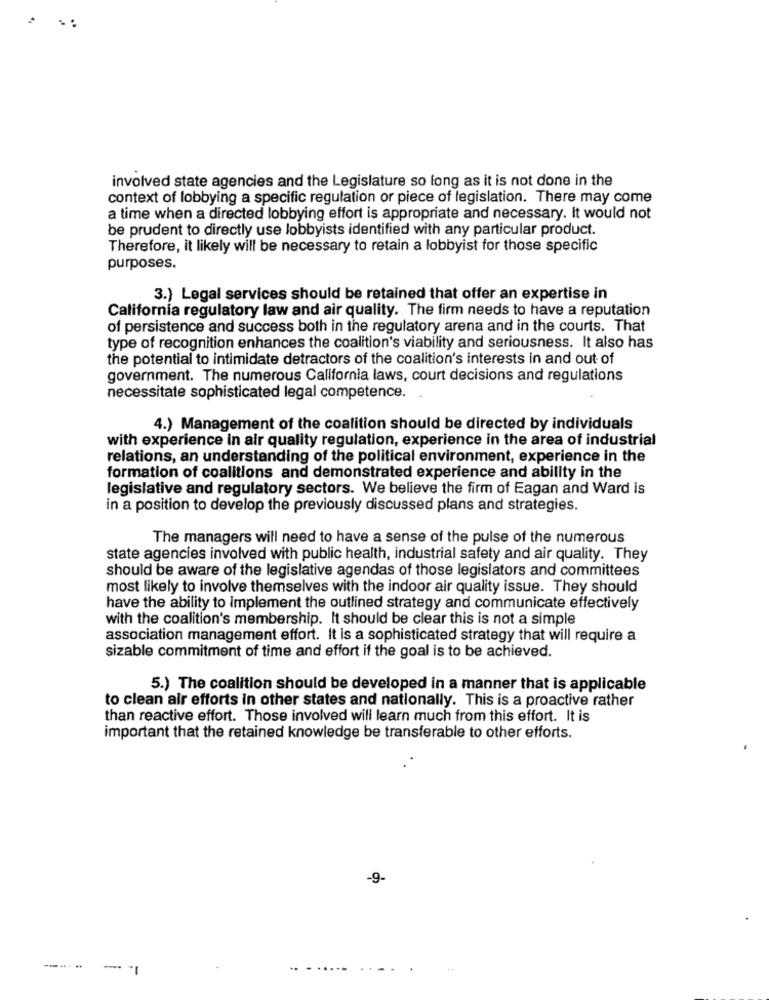
involved state agencies and the Legislature so long as it is not done in the
context of lobbying a specific regulation or piece of legislation. There may come
a time when a directed lobbying effort is appropriate and necessary. It would not
be prudent to directly use lobbyists identified with any particular product.
Therefore, it likely will be necessary to retain a lobbyist for those specific
purposes.
3.) Legal services should be retained that offer an expertise in
California regulatory law and air quality. The firm needs to have a reputation
of persistence and success both in the regulatory arena and in the courts. That
type of recognition enhances the coalition's viability and seriousness. It also has
the potential to intimidate detractors of the coalition's interests in and out of
government. The numerous California laws, court decisions and regulations
necessitate sophisticated legal competence.
4.) Management of the coalition should be directed by individuals
with experience in air quality regulation, experience in the area of industrial
relations, an understanding of the political environment, experience in the
formation of coalitions and demonstrated experience and ability in the
legislative and regulatory sectors. We believe the firm of Eagan and Ward is
in a position to develop the previously discussed plans and strategies.
The managers will need to have a sense of the pulse of the numerous
state agencies involved with public health, industrial safety and air quality. They
should be aware of the legislative agendas of those legislators and committees
most likely to involve themselves with the indoor air quality issue. They should
have the ability to implement the outlined strategy and communicate effectively
with the coalition's membership. It should be clear this is not a simple
association management effort. It is a sophisticated strategy that will require a
sizable commitment of time and effort if the goal is to be achieved.
5.) The coalition should be developed in a manner that is applicable
to clean air efforts in other states and nationally. This is a proactive rather
than reactive effort. Those involved will learn much from this effort. It is
important that the retained knowledge be transferable to other efforts.
-9-
--